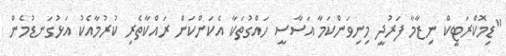
"ޑިމޮކްރަޓީކް ނިޒާމާ ފަރުދީ މިނިވަންކަމާ އަސާސީ ހައްގުތަކާ އެކަންކަން ރައްކާތެރި ކުރުމާއެކު އަޅުގަނޑުމެން